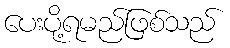
ပေးပို့ရမည်ဖြစ်သည်